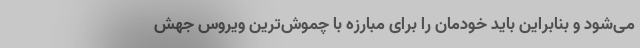
می‌شود و بنابراین باید خودمان را برای مبارزه با چموش‌ترین ویروس جهش